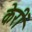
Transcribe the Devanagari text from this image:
केरीं